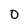
Character: O